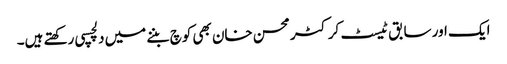
ایک اور سابق ٹیسٹ کرکٹر محسن خان بھی کوچ بننے میں دلچسپی رکھتے ہیں۔